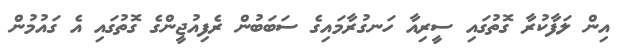
އިން ލަފާކުރާ ގޮތުގައި ސީރިއާ ހަނގުރާމައިގެ ސަބަބުން ރެފިއުޖީންގެ ގޮތުގައި އެ ގައުމުން